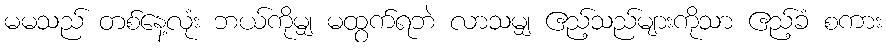
မမသည် တစ်နေ့လုံး ဘယ်ကိုမျှ မထွက်ရဘဲ လာသမျှ ဧည့်သည်များကိုသာ ဧည့်ခံ စကား